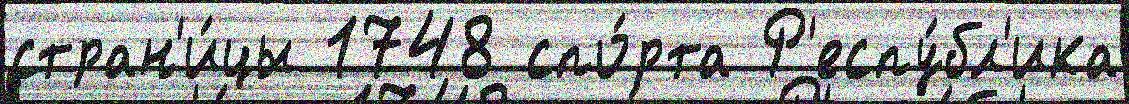
стран'и́цы 1748 спо́рта Р'еспу́бл'ика